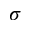
\sigma